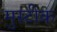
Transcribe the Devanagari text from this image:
मुस्टीक